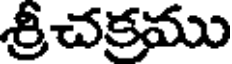
శ్రీచక్రము